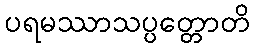
ပရမဿာသပ္ပတ္တောတိ